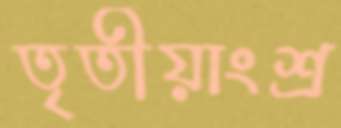
তৃতীয়াংশ্র